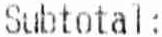
SUBTOTAL: